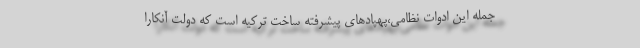
جمله این ادوات نظامی،پهپادهای پیشرفته ساخت ترکیه است که دولت آنکارا